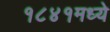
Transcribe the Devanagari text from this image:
१८४१मध्ये